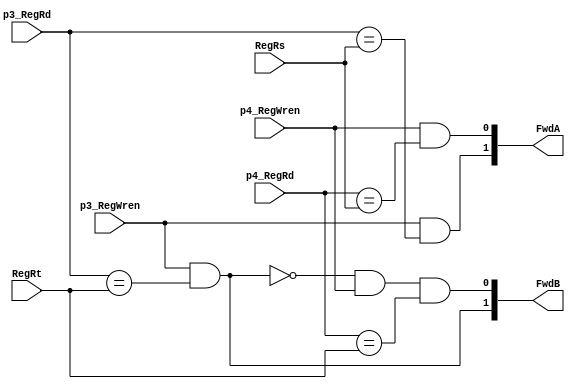
module ForwardingUnit(input [2:0] RegRs,RegRt,p3_RegRd,p4_RegRd,
                    input p3_RegWren,p4_RegWren,
				    output [1:0] FwdA,FwdB);
//
//FwdA,FwdB2'b00
//p3_RegWren&&p3_RegRd==RegRsFwdA2'b10
//p4_RegWren&&p4_RegRd==RegRsFwdA2'b01
//p3_RegWren&&p3_RegRd==RegRtFwdB2'b10
//p4_RegWren&&p4_RegRd==RegRtFwdB2'b01
assign FwdA[1] = p3_RegWren&(p3_RegRd==RegRs);
assign FwdA[0] = p4_RegWren&(p4_RegRd==RegRs);
assign FwdB[1] = p3_RegWren&(p3_RegRd==RegRt);
//FwdB=2'b11
assign FwdB[0] = ~FwdB[1]&p4_RegWren&(p4_RegRd==RegRt);
endmodule